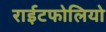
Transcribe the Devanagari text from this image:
राईटफोलियो